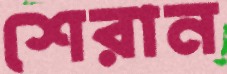
শেরান